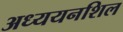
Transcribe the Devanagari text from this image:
अध्ययनशिल